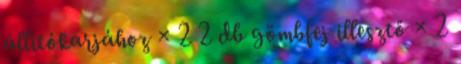
állítókarjához × 2 2 db gömbfej illesztő × 2